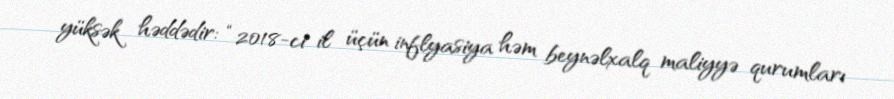
yüksək həddədir: “2018-ci il üçün inflyasiya həm beynəlxalq maliyyə qurumları